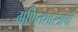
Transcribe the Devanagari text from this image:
गणितशास्त्राची